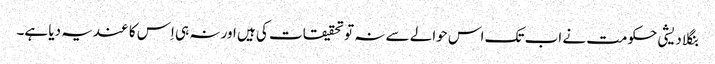
بنگلا دیشی حکومت نے اب تک اس حوالے سے نہ تو تحقیقات کی ہیں اور نہ ہی اِس کا عندیہ دیا ہے۔